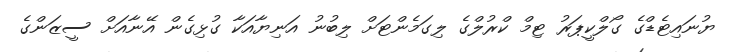
ޔުނައިޓެޑްގެ ގޯލްކީޕަރު ޓިމް ކްރުލްގެ ލިގަމެންޓަށް ލިބުނު އަނިޔާއަކާ ގުޅިގެން އޭނާއަށް ސީޒަންގެ